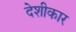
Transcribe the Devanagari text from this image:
देशीकार